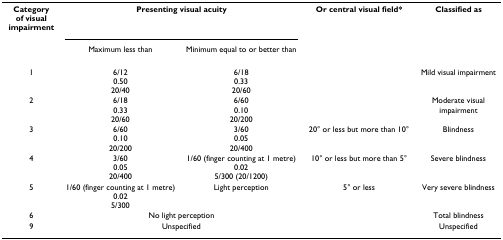
| Category of visual impairment | <COLSPAN=2> Presenting visual acuity | Or central visual field* | Classified as |
 |  | Maximum less than | Minimum equal to or better than |  |  |
 | --- | --- | --- | --- | --- |
 | 1 | 6/120.5020/40 | 6/180.3320/60 |  | Mild visual impairment |
 | 2 | 6/180.3320/60 | 6/600.1020/200 |  | Moderate visual impairment |
 | 3 | 6/600.1020/200 | 3/600.0520/400 | 20° or less but more than 10° | Blindness |
 | 4 | 3/600.0520/400 | 1/60 (finger counting at 1 metre)0.025/300 (20/1200) | 10° or less but more than 5° | Severe blindness |
 | 5 | 1/60 (finger counting at 1 metre)0.025/300 | Light perception | 5° or less | Very severe blindness |
 | 6 | <COLSPAN=2> No light perception |  | Total blindness |
 | 9 | <COLSPAN=2> Unspecified |  | Unspecified |